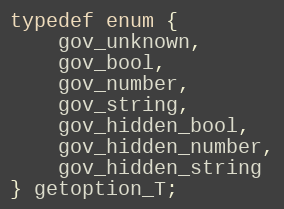
Language: C
typedef enum {
    gov_unknown,
    gov_bool,
    gov_number,
    gov_string,
    gov_hidden_bool,
    gov_hidden_number,
    gov_hidden_string
} getoption_T;